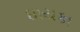
ધાયકા